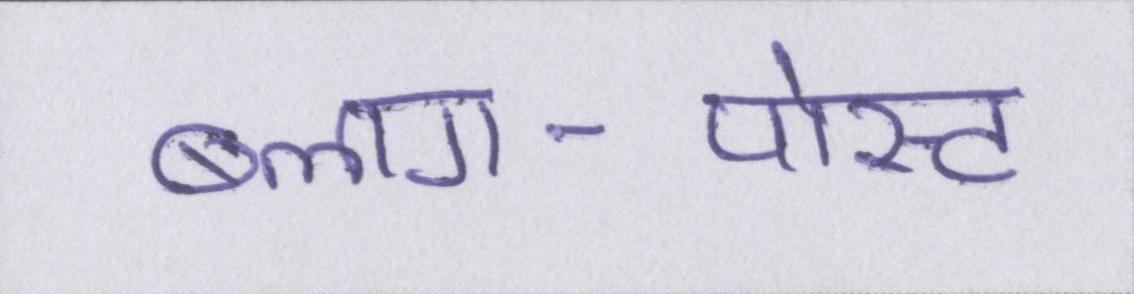
ब्लाग-पोस्ट